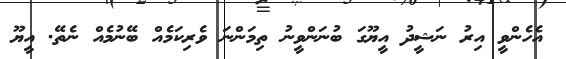
އެހެންވީ އިރު ނަޝީދު އީޔޫގަ ބުނަންވީނު ތިމަންނަ ވެރިކަމެއް ބޭނުމެއް ނެތޭ. އީޔޫ